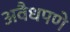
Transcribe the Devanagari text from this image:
अवैधपणे